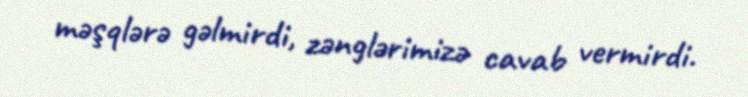
məşqlərə gəlmirdi, zənglərimizə cavab vermirdi.